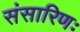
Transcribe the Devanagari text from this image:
संसारिणः